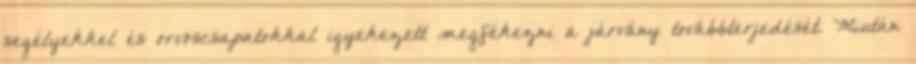
segélyekkel és orvoscsapatokkal igyekezett megfékezni a járvány továbbterjedését. Miután